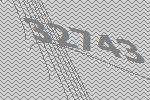
32743